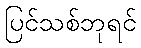
ပြင်သစ်ဘုရင်